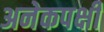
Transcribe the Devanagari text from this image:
अनेकपक्षी